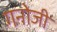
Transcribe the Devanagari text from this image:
गनोजी